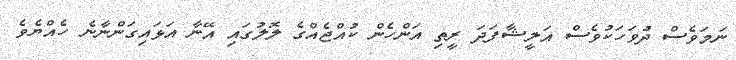
ނަމަވެސް ދުވަހަކުވެސް އަލީޝާފަދަ ރީތި އަންހެން ކުއްޖެއްގެ ލޮލުގައި އޭނާ އަޅައިގަންނާނެ ހެއްޔެވެ